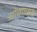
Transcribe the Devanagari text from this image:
योगारुढ